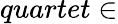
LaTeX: quartet\in